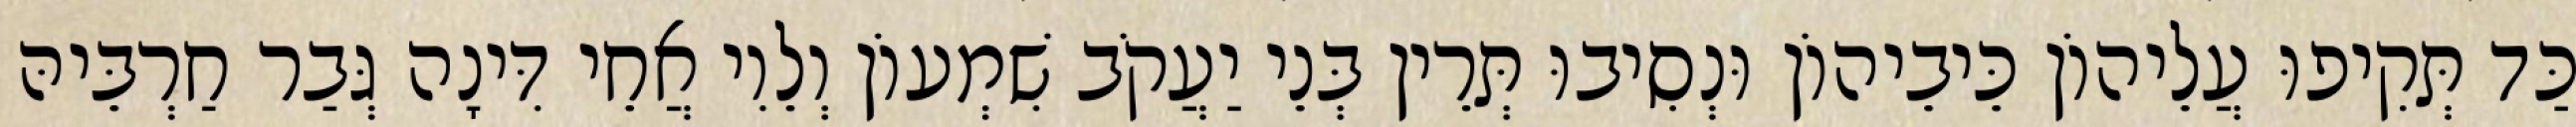
כַּד תְּקִיפוּ עֲלֵיהוֹן כֵּיבֵיהוֹן וּנְסִיבוּ תְּרֵין בְּנֵי יַעֲקֹב שִׁמְעוֹן וְלֵוִי אֲחֵי דִּינָה גְּבַר חַרְבֵּיהּ